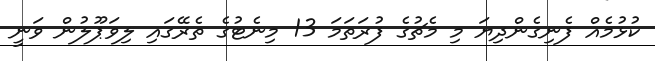
ކުޅުމެއް ފެނިގެންދިޔަ މި މެޗުގެ ފުރަތަމަ 13 މިނެޓުގެ ތެރޭގައި ލިވަޕޫލުން ވަނީ